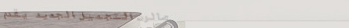
صالون التجميل الجديد يقدم